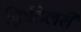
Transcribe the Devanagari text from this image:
फ़्रिटिलरी